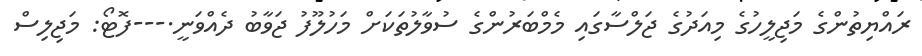
ރައްޔިތުންގެ މަޖިލީހުގެ މިއަދުގެ ޖަލްސާގައި މެމްބަރުންގެ ސުވާލުތަކަށް މަހުލޫފު ޖަވާބު ދެއްވަނީ.---ފޮޓޯ: މަޖިލިސް